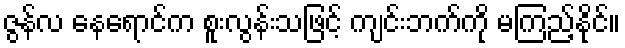
ဇွန်လ နေရောင်က စူးလွန်းသဖြင့် ကျင်းဘက်ကို မကြည့်နိုင်။